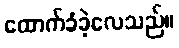
ထောက်ခံခဲ့လေသည်။